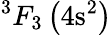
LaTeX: ^3F_{3}\left(4\mathrm{s}^{2}\right)